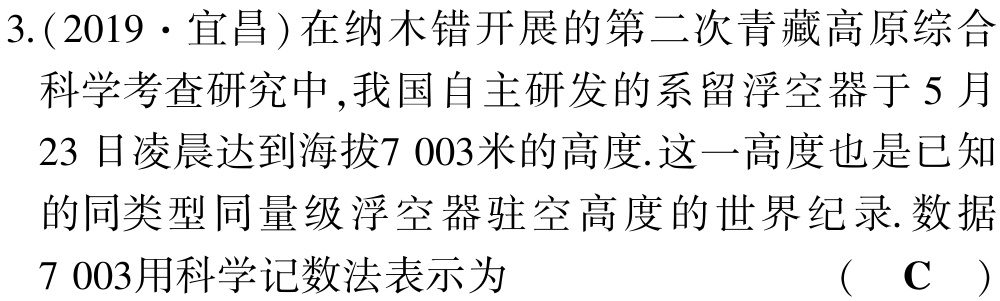
3.(2019·宜昌)在纳木错开展的第二次青藏高原综合科学考查研究中,我国自主研发的系留浮空器于5月23日凌晨达到海拔7 003米的高度.这一高度也是已知的同类型同量级浮空器驻空高度的世界纪录.数据7 003用科学记数法表示为  （ C ）